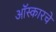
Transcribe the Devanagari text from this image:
ऑस्कारचे